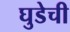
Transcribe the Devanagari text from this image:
घुडेची